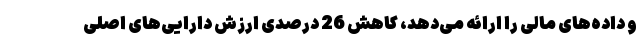
و داده‌های مالی را ارائه می‌دهد، کاهش 26 درصدی ارزش دارایی‌های اصلی